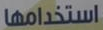
استخدامها